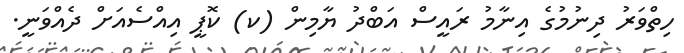
ހިތްވަރު ދިނުމުގެ އިނާމު ރައީސް އަބްދު ޔާމިން (ކ) ކޮޕީ އިއްސެއަށް ދެއްވަނީ.